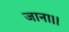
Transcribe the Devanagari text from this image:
जाना।।